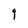
Character: 9